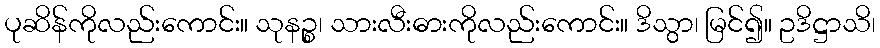
ပုဆိန်ကိုလည်းကောင်း။ သုနဉ္စ၊ သားလီးဓားကိုလည်းကောင်း။ ဒိသွာ၊ မြင်၍။ ဥဒိဋ္ဌာသိ၊